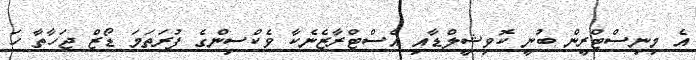
އެ މިނިސްޓްރީން ބުނީ ކޮވިޝީލްޑާއި އެސްޓްރާޒެނެކާ ވެކްސިންގެ ފުރަތަމަ ޑޯޒް ޖަހާތާ ހަ